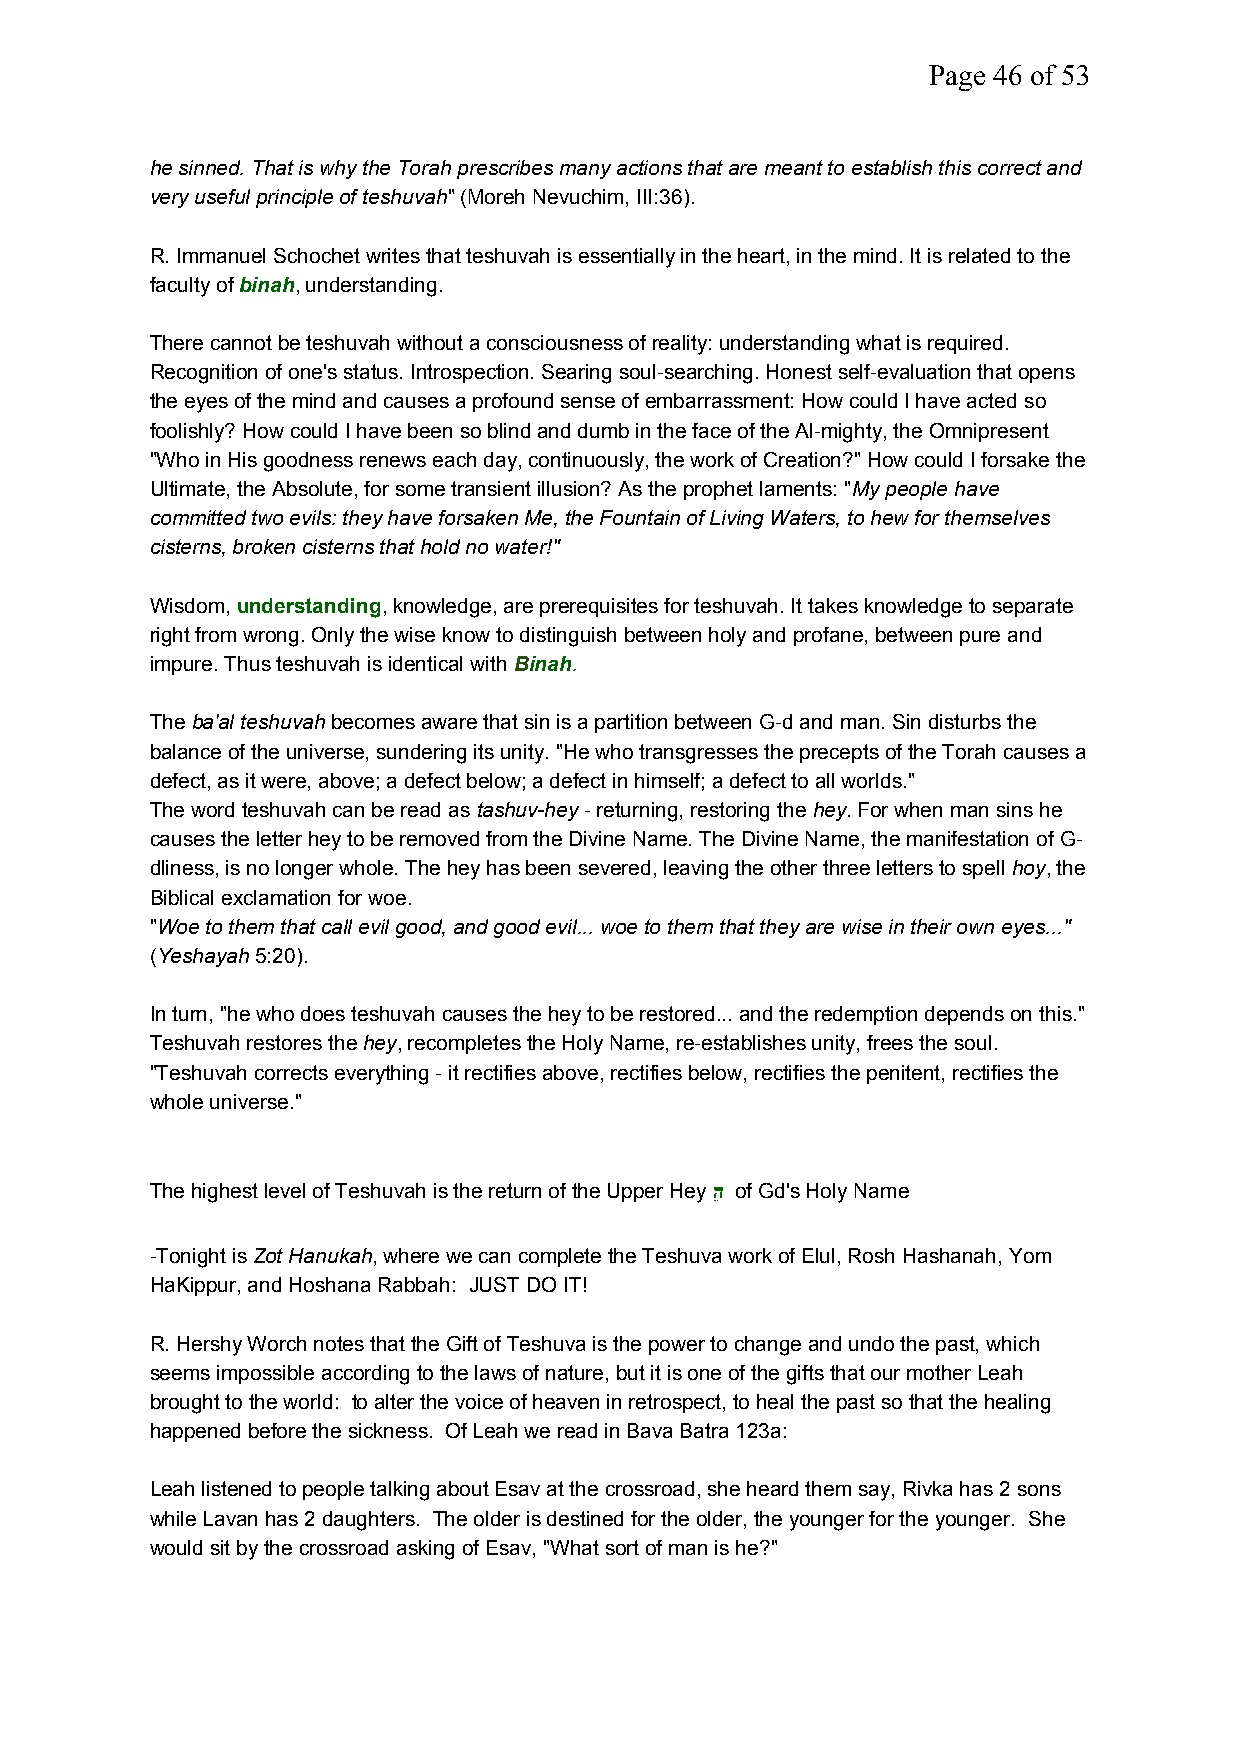
Page 46 of 53
 he sinned. That is why the Torah prescribes many actions that are meant to establish this correct and
 very useful principle of teshuvah" (Moreh Nevuchim, III:36).
 R. Immanuel Schochet writes that teshuvah is essentially in the heart, in the mind. It is related to the
 faculty ofbinah, understanding.
 There cannot be teshuvah without a consciousness of reality: understanding what is required.
 Recognition of one's status. Introspection. Searing soul-searching. Honest self-evaluation that opens
 the eyes of the mind and causes a profound sense of embarrassment: How could I have acted so
 foolishly? How could I have been so blind and dumb in the face of the Al-mighty, the Omnipresent
 "Who in His goodness renews each day, continuously, the work of Creation?" How could I forsake the
 Ultimate, the Absolute, for some transient illusion? As the prophet laments: "My people have
 committed two evils: they have forsaken Me, the Fountain of Living Waters, to hew for themselves
 cisterns, broken cisterns that hold no water!"
 Wisdom,understanding, knowledge, are prerequisites for teshuvah. It takes knowledge to separate
 right from wrong. Only the wise know to distinguish between holy and profane, between pure and
 impure. Thus teshuvah is identical withBinah.
 Theba'al teshuvahbecomes aware that sin is a partition between G-d and man. Sin disturbs the
 balance of the universe, sundering its unity. "He who transgresses the precepts of the Torah causes a
 defect, as it were, above; a defect below; a defect in himself; a defect to all worlds."
 The word teshuvah can be read astashuv-hey- returning, restoring thehey. For when man sins he
 causes the letter hey to be removed from the Divine Name. The Divine Name, the manifestation of G-
 dliness, is no longer whole. The hey has been severed, leaving the other three letters to spell hoy, the
 Biblical exclamation for woe.
 "Woe to them that call evil good, and good evil... woe to them that they are wise in their own eyes..."
 (Yeshayah5:20).
 In turn, "he who does teshuvah causes the hey to be restored... and the redemption depends on this."
 Teshuvah restores thehey, recompletes the Holy Name, re-establishes unity, frees the soul.
 "Teshuvah corrects everything - it rectifies above, rectifies below, rectifies the penitent, rectifies the
 whole universe."
 The highest level of Teshuvah is the return of the Upper Heyהֵ of Gd's Holy Name
 -Tonight isZot Hanukah, where we can complete the Teshuva work of Elul, Rosh Hashanah, Yom
 HaKippur, and Hoshana Rabbah: JUST DO IT!
 R. Hershy Worch notes that the Gift of Teshuva is the power to change and undo the past, which
 seems impossible according to the laws of nature, but it is one of the gifts that our mother Leah
 brought to the world: to alter the voice of heaven in retrospect, to heal the past so that the healing
 happened before the sickness. Of Leah we read in Bava Batra 123a:
 Leah listened to people talking about Esav at the crossroad, she heard them say, Rivka has 2 sons
 while Lavan has 2 daughters. The older is destined for the older, the younger for the younger. She
 would sit by the crossroad asking of Esav, "What sort of man is he?"